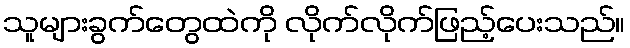
သူများခွက်တွေထဲကို လိုက်လိုက်ဖြည့်ပေးသည်။